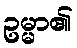
ဥမ္မာ၏